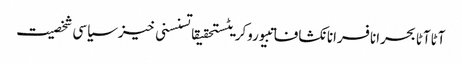
آٹاآٹا بحرانافسرانانکشافاتبیوروکریٹستحقیقاتسنسنی خیزسیاسی شخصیت